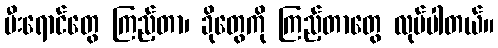
မီးရောင်တွေ ကြည့်တာ၊ ခိုတွေကို ကြည့်တာတွေ လုပ်ပါတယ်။